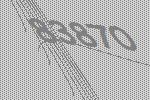
83870